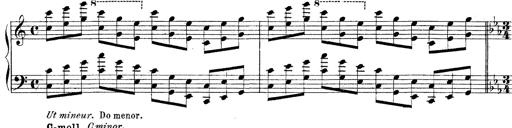
Title: Technische Studien
Composer: Franz Liszt